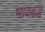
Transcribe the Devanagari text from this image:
भावबद्ध